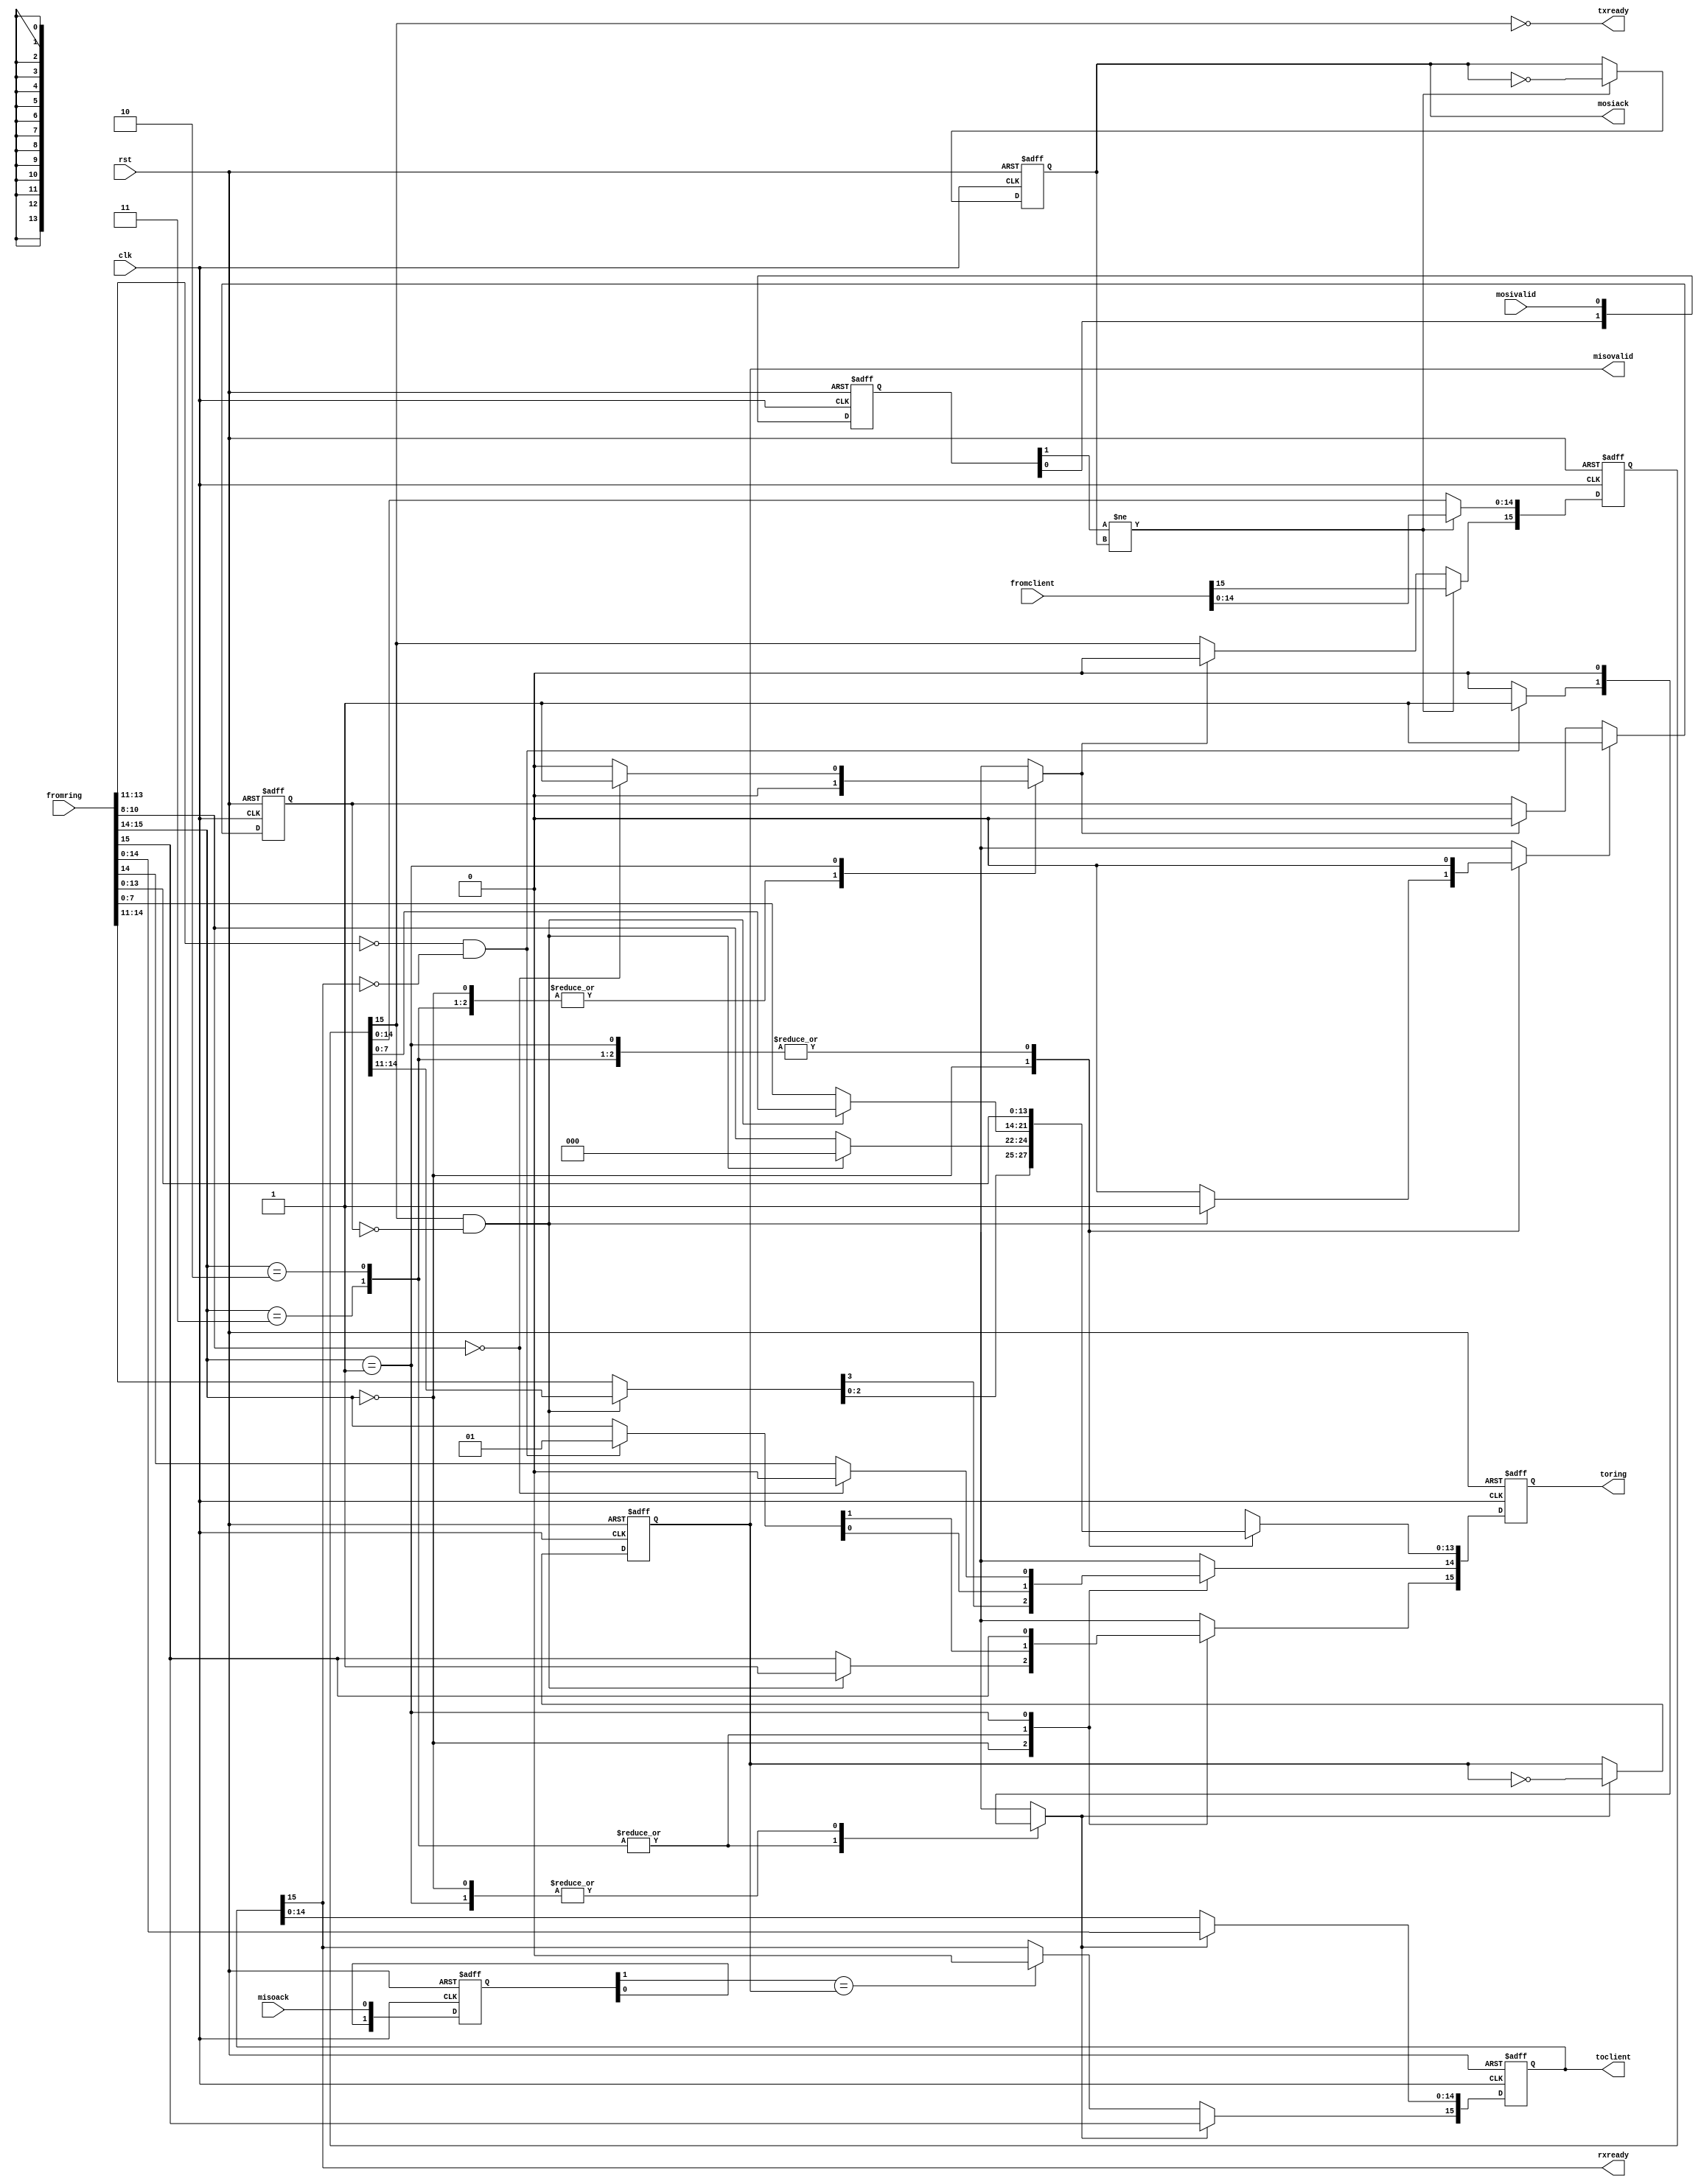
module ringnode #(parameter WIDTH=16, ABITS=3, ADDRESS=0) (
	input clk,
	input rst,
	input [WIDTH-1:0] fromring,
	output [WIDTH-1:0] toring,
	input [WIDTH-1:0] fromclient,
	output [WIDTH-1:0] toclient,
	output txready, rxready,
	input mosivalid, misoack,
	output reg mosiack, misovalid
	);

	wire [ABITS-1:0] address = ADDRESS;
	reg [1:0] mosivalid_sync, misoack_sync;
	always @(posedge clk or posedge rst)
	if (rst) begin
		mosivalid_sync <= 0;
		misoack_sync <= 0;
	end else begin
		mosivalid_sync <= {mosivalid_sync[0],mosivalid};
		misoack_sync <= {misoack_sync[0],misoack};
	end

	localparam
		FULL = WIDTH-1, ACK = WIDTH-2,
		DST = (WIDTH-2) - ABITS, SRC = (WIDTH-2) - 2*ABITS;

	reg [WIDTH-1:0] rxbuf, txbuf, ringbuf;
	reg busy;
	assign toring = ringbuf;
	assign toclient = rxbuf;
	assign rxready = rxbuf[FULL];
	assign txready = ~txbuf[FULL];
	reg xmit, recv, seize;

	reg [WIDTH-1:0] outpkt;
	always @(*) begin
		outpkt = fromring;
		xmit = 0;
		recv = 0;
		seize = 0;
		case (fromring[FULL:ACK])
		2'b00:	       // free slot - transmit if ready
			if (txbuf[FULL] & ~busy) begin
				outpkt = txbuf;
				outpkt[SRC +: ABITS] = address;
				outpkt[FULL] = 1;
				seize = 1;
			end
		2'b10, 2'b11:  // payload - return ack to sender
			if (fromring[DST +: ABITS] == address && !rxbuf[FULL]) begin
				outpkt[FULL:ACK] = 2'b01;
				recv = 1;
			end
		2'b01:        // ack
			if (fromring[SRC +: ABITS] == address) begin
				outpkt[ACK] = 0;
				xmit = 1;
			end
		endcase
	end

	always @(posedge clk or posedge rst)
	if (rst) begin
		ringbuf <= 0;
		rxbuf <= 0;
		txbuf <= 0;
		busy <= 0;
		mosiack <= 0;
		misovalid <= 0;
	end else begin
		ringbuf <= outpkt;
		if (recv) begin
			rxbuf <= fromring;
			misovalid <= ~misovalid;
		end else if (misoack_sync[1] == misovalid)
			rxbuf[FULL] <= 0;
		if (mosivalid_sync[1] != mosiack) begin
			txbuf <= fromclient;
			mosiack <= ~mosiack;
		end else if (xmit)
			txbuf[FULL] <= 0;
		if (seize)
			busy <= 1;
		else if (xmit)
			busy <= 0;
	end
endmodule